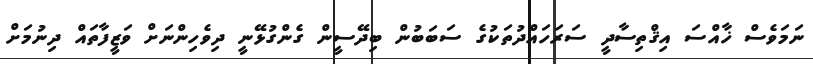
ނަމަވެސް ޚާއްސަ އިޤްތިސާދީ ސަރަހައްދުތަކުގެ ސަބަބުން ބިދޭސީން ގެންގުޅޭނީ ދިވެހިންނަށް ވަޒީފާތައް ދިނުމަށް